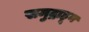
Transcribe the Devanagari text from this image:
समुद्राहून